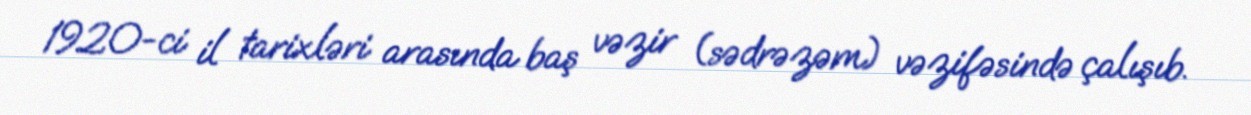
1920-ci il tarixləri arasında baş vəzir (sədrəzəm) vəzifəsində çalışıb.